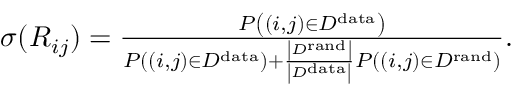
\begin{array} { r } { \sigma ( R _ { i j } ) = \frac { P \left( ( i , j ) \in { \cal D } ^ { \mathrm { d a t a } } \right) } { P \left( ( i , j ) \in { \cal D } ^ { \mathrm { d a t a } } \right) + \frac { \left| { \cal D } ^ { \mathrm { r a n d } } \right| } { \left| { \cal D } ^ { \mathrm { d a t a } } \right| } P \left( ( i , j ) \in { \cal D } ^ { \mathrm { r a n d } } \right) } . } \end{array}